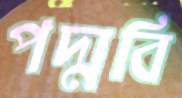
পদ্মবি